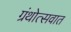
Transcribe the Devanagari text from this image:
ग्रंथोत्सवात